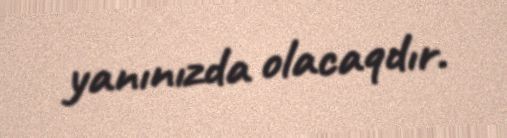
yanınızda olacaqdır.